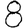
Digit: 8